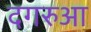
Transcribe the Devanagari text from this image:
दगरुआ